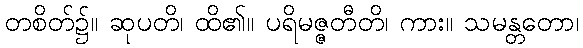
တစိတ်၌။ ဆုပတိ၊ ထိ၏။ ပရိမဇ္ဇတီတိ၊ ကား။ သမန္တတော၊